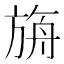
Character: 𣃼